Vaccination in Burma 1889-1999 - 1889-1999
Year: 1889
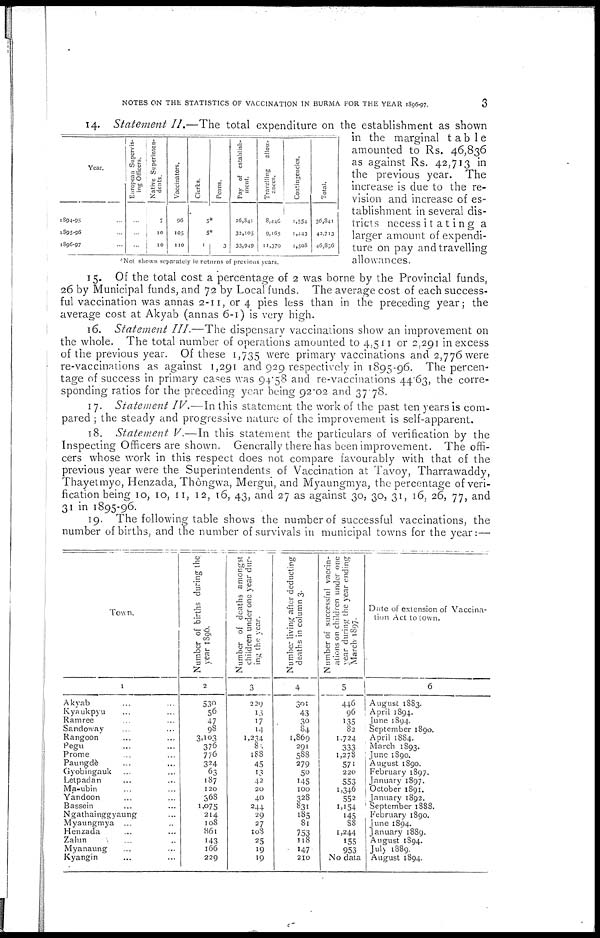
NOTES ON THE STATISTICS OF VACCINATION IN BURMA FOR THE YEAR 1896-97.
3
Year.
1894-95... ...
1895-96... ...
1896-97... ...
European Supervis-
ing Officers.
...
...
...
Native Superinten-
dents.
7
10
10
Vaccinators.
96
105
110
Clerks.
Peons.
5*
5*
1
3
Pay of establish-
ment.
26,841
32,105
33,949
Travelling
allow-
ances.
8,440
9,165
11,379
Contingencies.
1,554
1,443
1,508
Total.
30,841
43,713
46,806
''Not shown separately in returns of previous years.
14. Statement II.—The total expenditure on the establishment as shown
in the marginal table
amounted to Rs. 46,836
as against Rs. 42,713 in
the previous year. The
increase is due to the re-
vision and increase of es-
tablishment in several dis-
tricts necessitating a
larger amount of expendi-
ture on pay and travelling
allowances.
15. Of the total cost a percentage of 2 was borne by the Provincial funds,
26 by Municipal funds, and 72 by Local funds. The average cost of each success-
ful vaccination was annas 2-11, or 4 pies less than in the preceding year; the
average cost at Akyab (annas 6-1) is very high.
16. Statement III.—The dispensary vaccinations show an improvement on
the whole. The total number of operations amounted to 4,511 or 2,291 in excess
of the previous year. Of these 1,735 were primary vaccinations and 2,776 were
re-vaccinations as against 1,291 and 929 respectively in 1895-96. The percen-
tage of success in primary cases was 94.58 and re-vaccinations 44.63, the corre-
sponding ratios for the preceding year being 92.02 and 37.78.
17. Statement IV.—In this statement the work of the past ten years is com-
pared ; the steady and progressive nature of the improvement is self-apparent.
18. Statement V.—In this statement the particulars of verification by the
Inspecting Officers are shown. Generally there has been improvement. The offi-
cers whose work in this respect does not compare favourably with that of the
previous year were the Superintendents of Vaccination at Tavoy, Tharrawaddy,
Thayetmyo, Henzada, Thôngwa, Mergui, and Myaungmya, the percentage of veri-
fication being 10, 10, 11, 12, 16, 43, and 27 as against 30, 30, 31, 16, 26, 77, and
31 in 1895-96.
19. The following table shows the number of successful vaccinations, the
number of births, and the number of survivals in municipal towns for the year:—
Town.
1
Akyab... ...
Kyaukpyu... ...
Ramree... ... ...
Sandowav... ... ...
Rangoon... ... ...
Pegu... ... ...
Prome... ... ...
Paungde... ... ...
Gyobingauk... ... ...
Letpadan... ... ...
Ma-ubin... ... ...
Yandoon... ... ...
Bassein... ... ...
Ngathainggyaung... ...
Myaungmya ... ...
Henzada... ... ...
Zalun... ... ...
Myanaung... ... ...
Kyangin... ... ...
Number of births during the
year 1896.
2
530
56
47
98
3,103
376
776
324
63
187
120
368
1,075
214
108
861
143
166
229
Number of deaths amongst
children under one year dur-
ing the year.
3
229
13
17
14
1,234
83
188
45
13
42
20
40
244
29
27
108
25
19
19
Number living after deducting
deaths in column 3.
4
301
43
30
84
1,869
291
588
279
50
145
100
328
831
185
81
753
118
147
210
Number of successful vaccin-
ations on children under one
year during the year ending
March 1897.
5
446
96
135
82
1,724
333
1,278
571
220
553
1,346
552
1,154
145
88
1,244
155
953
No data
Date of extension of Vaccina-
tion Act to town.
6
August 1883.
April 1894.
June 1894.
September 1890.
April 1884.
March 1893.
June 1890.
August 1890.
February 1897.
January 1897.
October 1891.
January 1892.
September 1888.
February 1890.
June 1894.
January 1889.
August 1894.
July 1889.
August 1894.